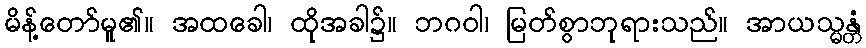
မိန့်တော်မူ၏။ အထခေါ၊ ထိုအခါ၌။ ဘဂဝါ၊ မြတ်စွာဘုရားသည်။ အာယသ္မန္တံ